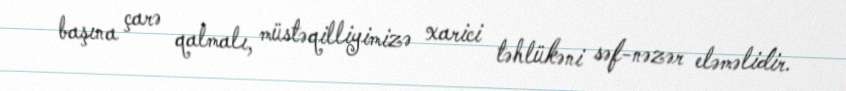
başına çarə qalmalı, müstəqilliyimizə xarici təhlükəni səf-nəzər eləməlidir.